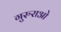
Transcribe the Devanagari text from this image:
गुरुराओ